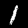
Digit: 1